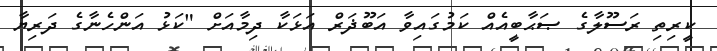
ކީރިތި ރަސޫލާގެ ޞަޙާބީއެއް ކަމުގައިވާ އަބޫޛަރް އަޅަކާ ދިމާއަށް "ކަޅު އަންހެނާގެ ދަރިޔާ